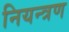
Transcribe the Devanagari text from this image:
नियन्‍त्रण